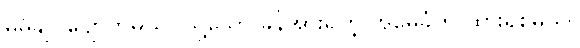
မိမိချုပ်ပျောက်မယ်။ သို့သော် ခွန်အားရှိတဲ့ အမွေခံကို ထားရစ်မယ်။